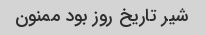
شیر تاریخ روز بود ممنون